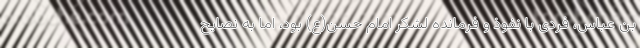
بن عباس، فردی با نفوذ و فرمانده لشکر امام حسن(ع) بود، اما به نصایح